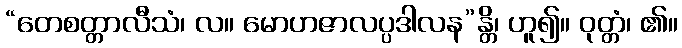
“တေစတ္တာလီသံ၊ လ။ မောဟဇာလပ္ပဒါလန”န္တိ၊ ဟူ၍။ ဝုတ္တံ၊ ၏။